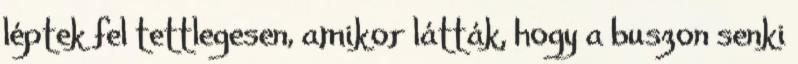
léptek fel tettlegesen, amikor látták, hogy a buszon senki